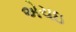
એચઇ